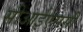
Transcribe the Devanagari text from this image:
सीआईएससी